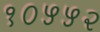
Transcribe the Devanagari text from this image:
१०५५२